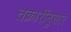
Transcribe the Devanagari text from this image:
तक्रारींनुसार